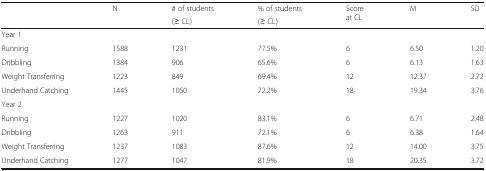
<table><thead><tr><td rowspan="2"></td><td rowspan="2"><b>N</b></td><td><b># of students</b></td><td><b>% of students</b></td><td rowspan="2"><b>Score at CL</b></td><td rowspan="2"><b>M</b></td><td rowspan="2"><b>SD</b></td></tr><tr><td><b>(≥ CL)</b></td><td><b>(≥ CL)</b></td></tr></thead><tbody><tr><td colspan="7">Year 1</td></tr><tr><td>Running</td><td>1588</td><td>1231</td><td>77.5%</td><td>6</td><td>6.50</td><td>1.20</td></tr><tr><td>Dribbling</td><td>1384</td><td>906</td><td>65.6%</td><td>6</td><td>6.13</td><td>1.63</td></tr><tr><td>Weight Transferring</td><td>1223</td><td>849</td><td>69.4%</td><td>12</td><td>12.37</td><td>2.72</td></tr><tr><td>Underhand Catching</td><td>1445</td><td>1050</td><td>72.2%</td><td>18</td><td>19.34</td><td>3.76</td></tr><tr><td colspan="7">Year 2</td></tr><tr><td>Running</td><td>1227</td><td>1020</td><td>83.1%</td><td>6</td><td>6.71</td><td>2.48</td></tr><tr><td>Dribbling</td><td>1263</td><td>911</td><td>72.1%</td><td>6</td><td>6.38</td><td>1.64</td></tr><tr><td>Weight Transferring</td><td>1237</td><td>1083</td><td>87.6%</td><td>12</td><td>14.00</td><td>3.75</td></tr><tr><td>Underhand Catching</td><td>1277</td><td>1047</td><td>81.9%</td><td>18</td><td>20.35</td><td>3.72</td></tr></tbody></table>